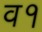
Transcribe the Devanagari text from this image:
व१